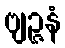
ဗျဉ္ဇနံ